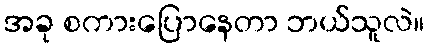
အခု စကားပြောနေတာ ဘယ်သူလဲ။